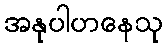
အနုပါဟနေသု